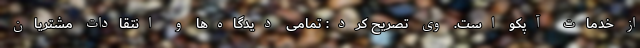
از خدمات آپکو است. وی تصریح کرد:‌ تمامی دیدگاه‌ها و انتقادات مشتریان